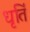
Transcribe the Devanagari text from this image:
धृतिं